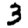
Digit: 3